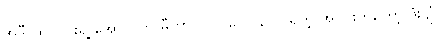
အဲဒီ ထိပ်ပိုင်းရဲ့ အောက်က မီတာ ၇၀ (ပေ ၂၃၀) ရှိတဲ့ အပိုင်းကတော့ ဒုံးပျံ